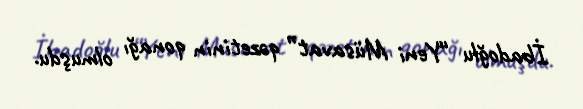
İbadoğlu “Yeni Müsavat” qəzetinin qonağı olmuşdu.